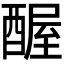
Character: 𬪱